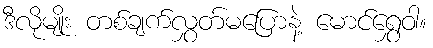
ဒီလိုမျိုး တစ်ချက်လွှတ်မပြောနဲ့ မောင်ရွှေဝါ။